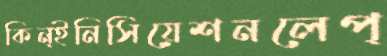
কিন্ইনিসিয়েশনলেপ্‌